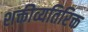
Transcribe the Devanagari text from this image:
शक्तीव्यतिरिक्त